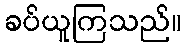
ခပ်ယူကြသည်။